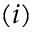
( i )